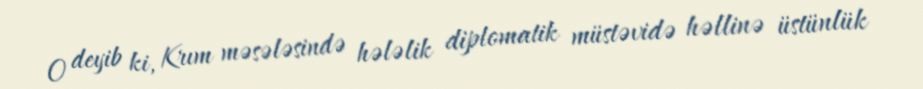
O deyib ki, Krım məsələsində hələlik diplomatik müstəvidə həllinə üstünlük